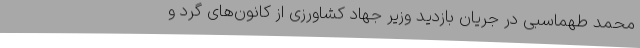
محمد طهماسبی در جریان بازدید وزیر جهاد کشاورزی از کانون‌های گرد و